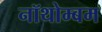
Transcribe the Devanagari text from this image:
नॉथोम्बम